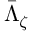
\bar { \Lambda } _ { \zeta }